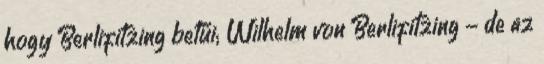
hogy Berlifitzing betűi; Wilhelm von Berlifitzing - de az